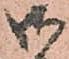
御